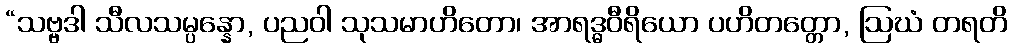
“သဗ္ဗဒါ သီလသမ္ပန္နော, ပညဝါ သုသမာဟိတော၊ အာရဒ္ဓဝီရိယော ပဟိတတ္တော, ဩဃံ တရတိ